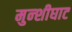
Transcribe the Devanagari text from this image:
मुन्शीघाट